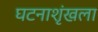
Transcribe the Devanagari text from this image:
घटनाशृंखला